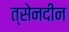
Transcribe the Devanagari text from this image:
त्सेनदीन